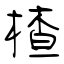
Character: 楂